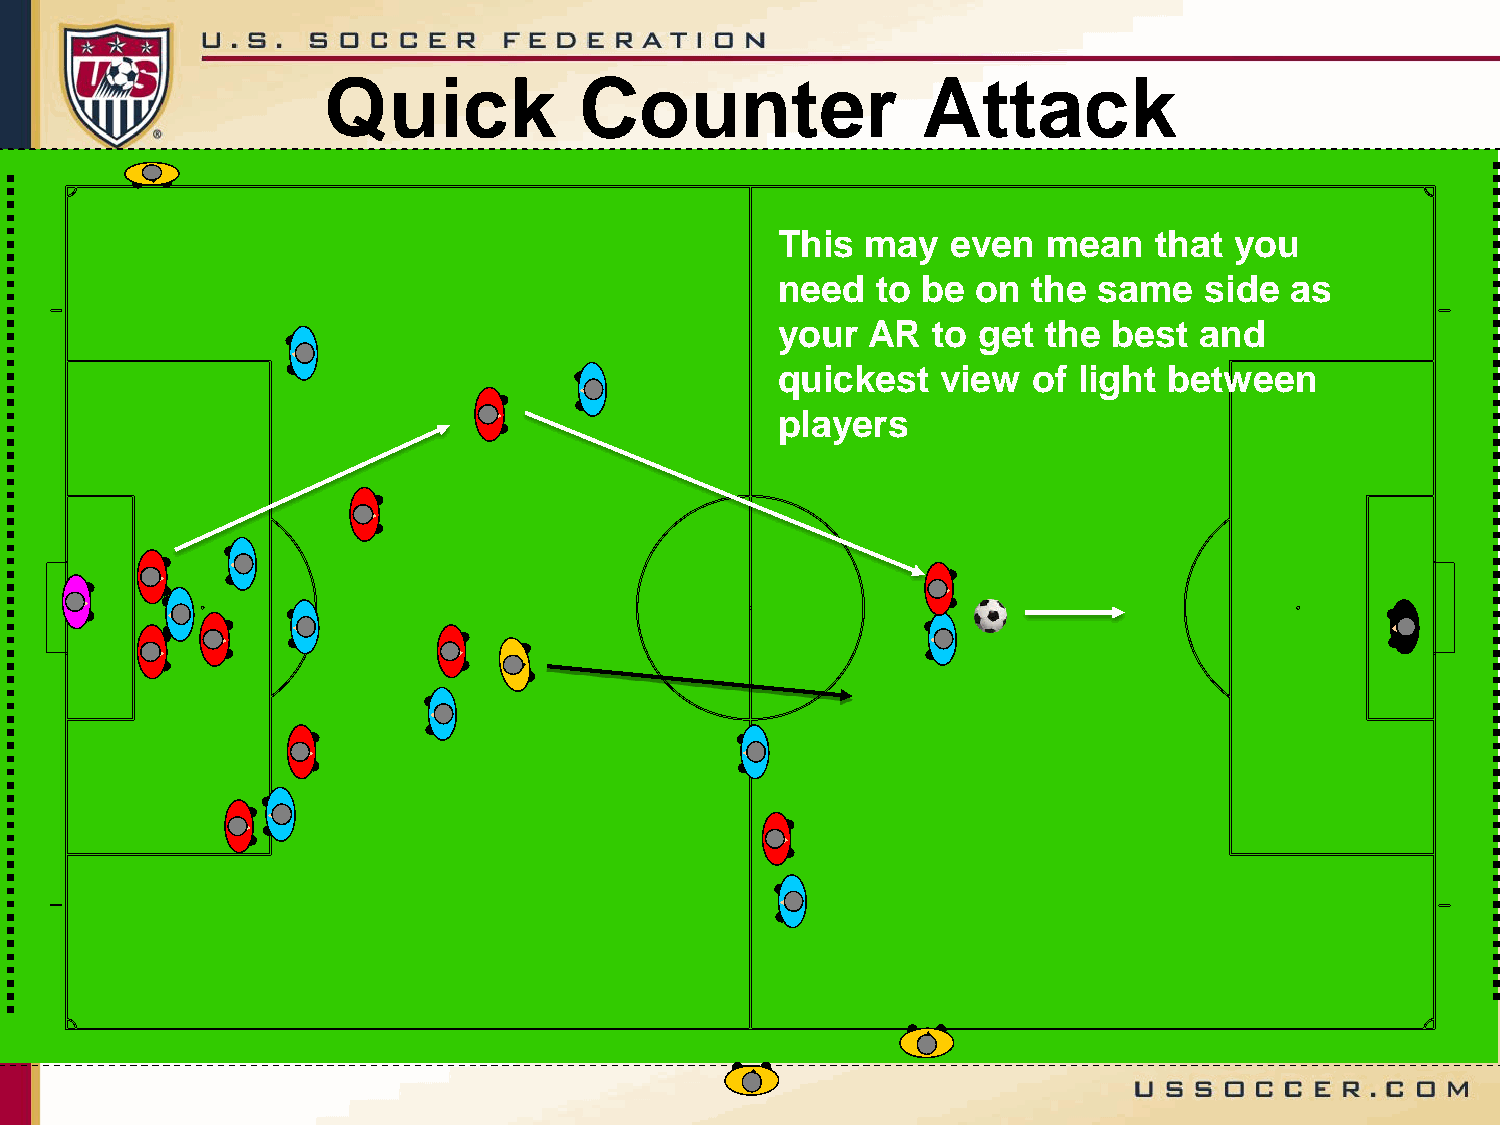
Quick            Counter                Attack
 This  may   even  mean   that  you
 need   to be  on the  same   side as
 your  AR   to get the  best and
 quickest   view  of light between
 players